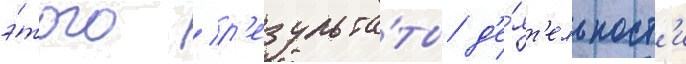
э́того / р'езульта́ты д'е́ят'ельност'и